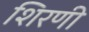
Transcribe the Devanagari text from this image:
शिरणी